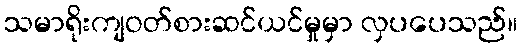
သမာရိုးကျဝတ်စားဆင်ယင်မှုမှာ လှပပေသည်။